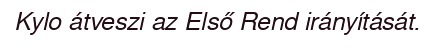
Kylo átveszi az Első Rend irányítását.